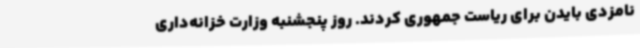
نامزدی بایدن برای ریاست جمهوری کردند. روز پنجشنبه وزارت خزانه‌داری